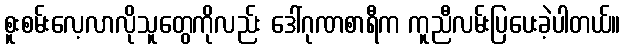
စူးစမ်းလေ့လာလိုသူတွေကိုလည်း ဒေါ်ဂုဏစာရီက ကူညီလမ်းပြပေးခဲ့ပါတယ်။